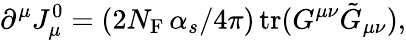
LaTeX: \partial^{\mu}J_{\mu}^{0}=(2N_{\mathrm{F}}\, {\alpha_{s}/4\pi})\, \mathrm{tr}(G^{\mu\nu}\tilde{G}_{\mu\nu}),